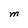
Character: M